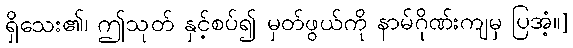
ရှိသေး၏၊ ဤသုတ် နှင့်စပ်၍ မှတ်ဖွယ်ကို နာမ်ဂိုဏ်းကျမှ ပြအံ့။]